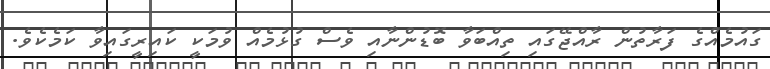
ގައުމެއްގެ ފަރާތުން ރާއްޖޭގައި ތިއްބަވާ ބޮޑުންނާއި ވެސް ގުޅުމެއް ވުމަކީ ކައިރީގައިވާ ކަމެކެވެ.